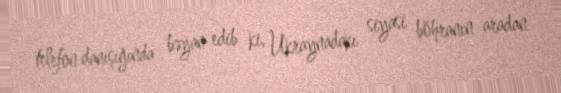
telefon danışığında bəyan edib ki, Ukraynadakı siyasi böhranın aradan